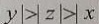
y \vert > \vert z \vert > \vert x